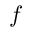
f